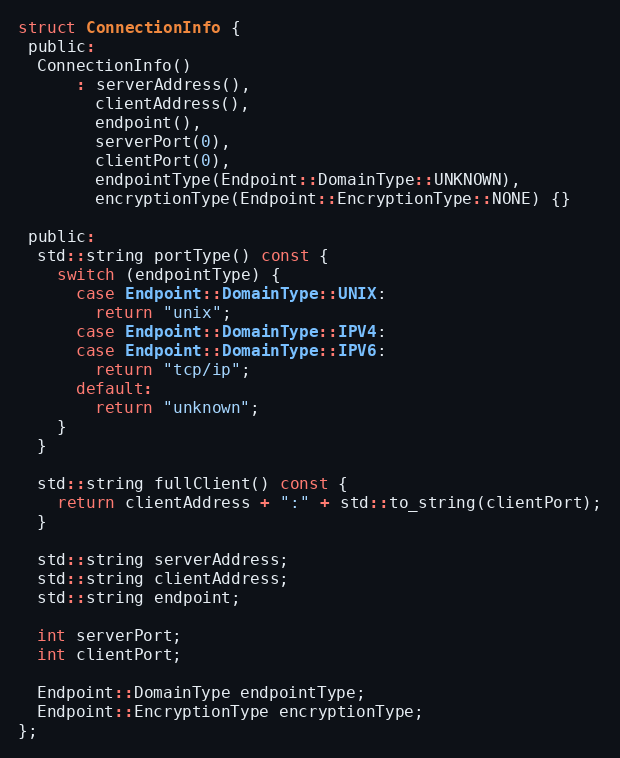
Language: C
struct ConnectionInfo {
 public:
  ConnectionInfo()
      : serverAddress(),
        clientAddress(),
        endpoint(),
        serverPort(0),
        clientPort(0),
        endpointType(Endpoint::DomainType::UNKNOWN),
        encryptionType(Endpoint::EncryptionType::NONE) {}

 public:
  std::string portType() const {
    switch (endpointType) {
      case Endpoint::DomainType::UNIX:
        return "unix";
      case Endpoint::DomainType::IPV4:
      case Endpoint::DomainType::IPV6:
        return "tcp/ip";
      default:
        return "unknown";
    }
  }

  std::string fullClient() const {
    return clientAddress + ":" + std::to_string(clientPort);
  }

  std::string serverAddress;
  std::string clientAddress;
  std::string endpoint;

  int serverPort;
  int clientPort;

  Endpoint::DomainType endpointType;
  Endpoint::EncryptionType encryptionType;
};